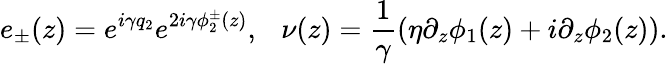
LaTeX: e_{\pm}(z)=e^{i\gamma q_{2}}e^{2i\gamma\phi_{2}^{\pm}(z)},~~~\nu(z)=\frac{1}{\gamma}\left(\eta\partial_{z}\phi_{1}(z)+i\partial_{z}\phi_{2}(z)\right).